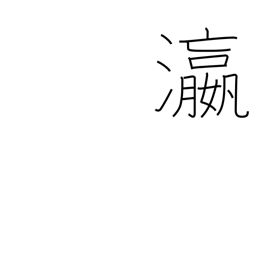
Meaning: ocean